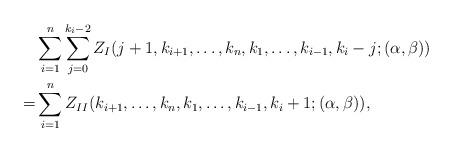
LaTeX: \begin{align*}\begin{aligned}&\sum_{i=1}^{n}\sum_{j=0}^{k_i-2}Z_{I}(j+1,k_{i+1},\ldots,k_n,k_1,\ldots,k_{i-1},k_i-j;(\alpha,\beta))\\=&\sum_{i=1}^{n}Z_{II}(k_{i+1},\ldots,k_n,k_1,\ldots,k_{i-1},k_i+1;(\alpha,\beta)),\end{aligned}\end{align*}